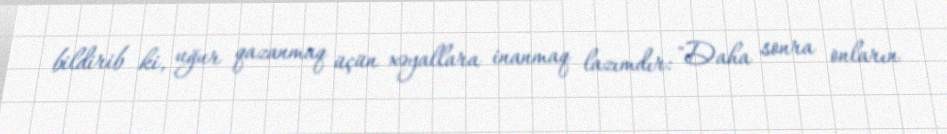
bildirib ki, uğur qazanmaq üçün xəyallara inanmaq lazımdır: "Daha sonra onların